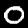
Digit: 0